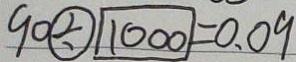
9 0 \textcircled { \div } 1 0 0 0 = 0 . 0 9